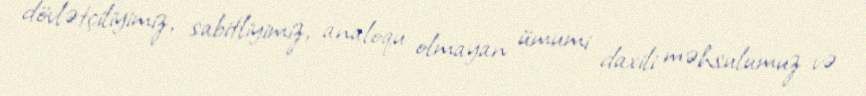
dövlətçiliyimiz, sabitliyimiz, analoqu olmayan ümumi daxili məhsulumuz və